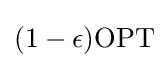
(1-\epsilon ){\text{OPT}}